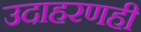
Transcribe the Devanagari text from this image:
उदाहरणही